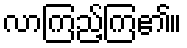
လာကြည့်ကြ၏။